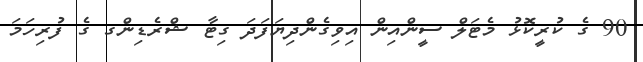
90 ގެ ކުރީކޮޅު މެޓަލް ސީންއިން އިވިގެންދިޔަފަދަ ގިޓާ ޝްރެޑިންގ ގެ ފުރިހަމަ